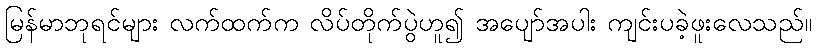
မြန်မာဘုရင်များ လက်ထက်က လိပ်တိုက်ပွဲဟူ၍ အပျော်အပါး ကျင်းပခဲ့ဖူးလေသည်။